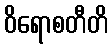
ဝိရောစတီတိ